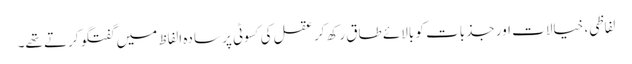
لفاظی، خیالات اور جذبات کو بالائے طاق رکھ کر عقل کی کسوٹی پر سادہ الفاظ میں گفتگو کرتے تھے۔